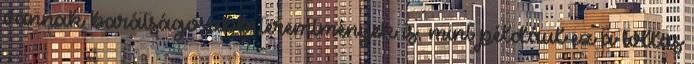
vannak barátságosabb teremtmények is, mint például ez a tollas